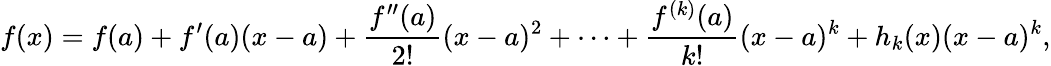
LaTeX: f(x)=f(a)+f^{\prime}(a)(x-a)+{\frac{f^{\prime\prime}(a)}{2!}}(x-a)^{2}+\cdots+{\frac{f^{(k)}(a)}{k!}}(x-a)^{k}+h_{k}(x)(x-a)^{k},